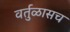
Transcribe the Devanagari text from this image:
वर्तुळासच